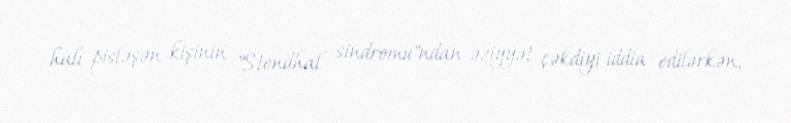
halı pisləşən kişinin "Stendhal sindromu"ndan əziyyət çəkdiyi iddia edilərkən,